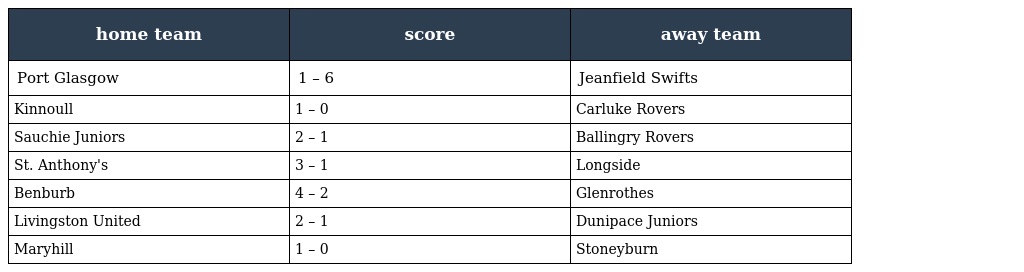
| home team | score | away team |
 | --- | --- | --- |
 | Port Glasgow | 1 – 6 | Jeanfield Swifts |
 | Kinnoull | 1 – 0 | Carluke Rovers |
 | Sauchie Juniors | 2 – 1 | Ballingry Rovers |
 | St. Anthony's | 3 – 1 | Longside |
 | Benburb | 4 – 2 | Glenrothes |
 | Livingston United | 2 – 1 | Dunipace Juniors |
 | Maryhill | 1 – 0 | Stoneyburn |